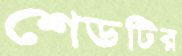
শেডটির